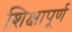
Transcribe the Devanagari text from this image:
शिक्षापूर्ण